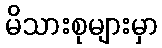
မိသားစုများမှာ